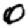
Digit: 0